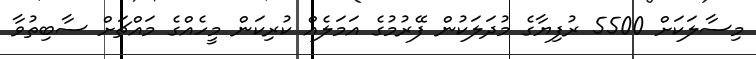
މިސާލަކަށް 5500 ރުފިޔާގެ މުދަލަކުން ފޭރުމުގެ އަމަލެއް ކުރިކަން މީހެއްގެ މައްޗަށް ސާބިތުވާ